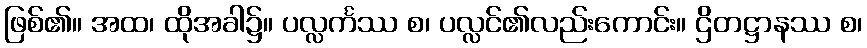
ဖြစ်၏။ အထ၊ ထိုအခါ၌။ ပလ္လင်္ကဿ စ၊ ပလ္လင်၏လည်းကောင်း။ ဌိတဋ္ဌာနဿ စ၊